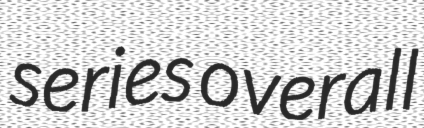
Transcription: series overall